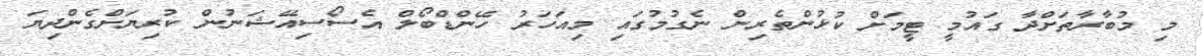
މި މުބާރާތަށްދާ ގައުމީ ޓީމަށް ކުޅުންތެރިން ނެގުމުގައި މިއަހަރު ހޭންޑްބޯލް އެސޯސިއޭޝަނުން ކުރިޔަށްގެންދިޔަ